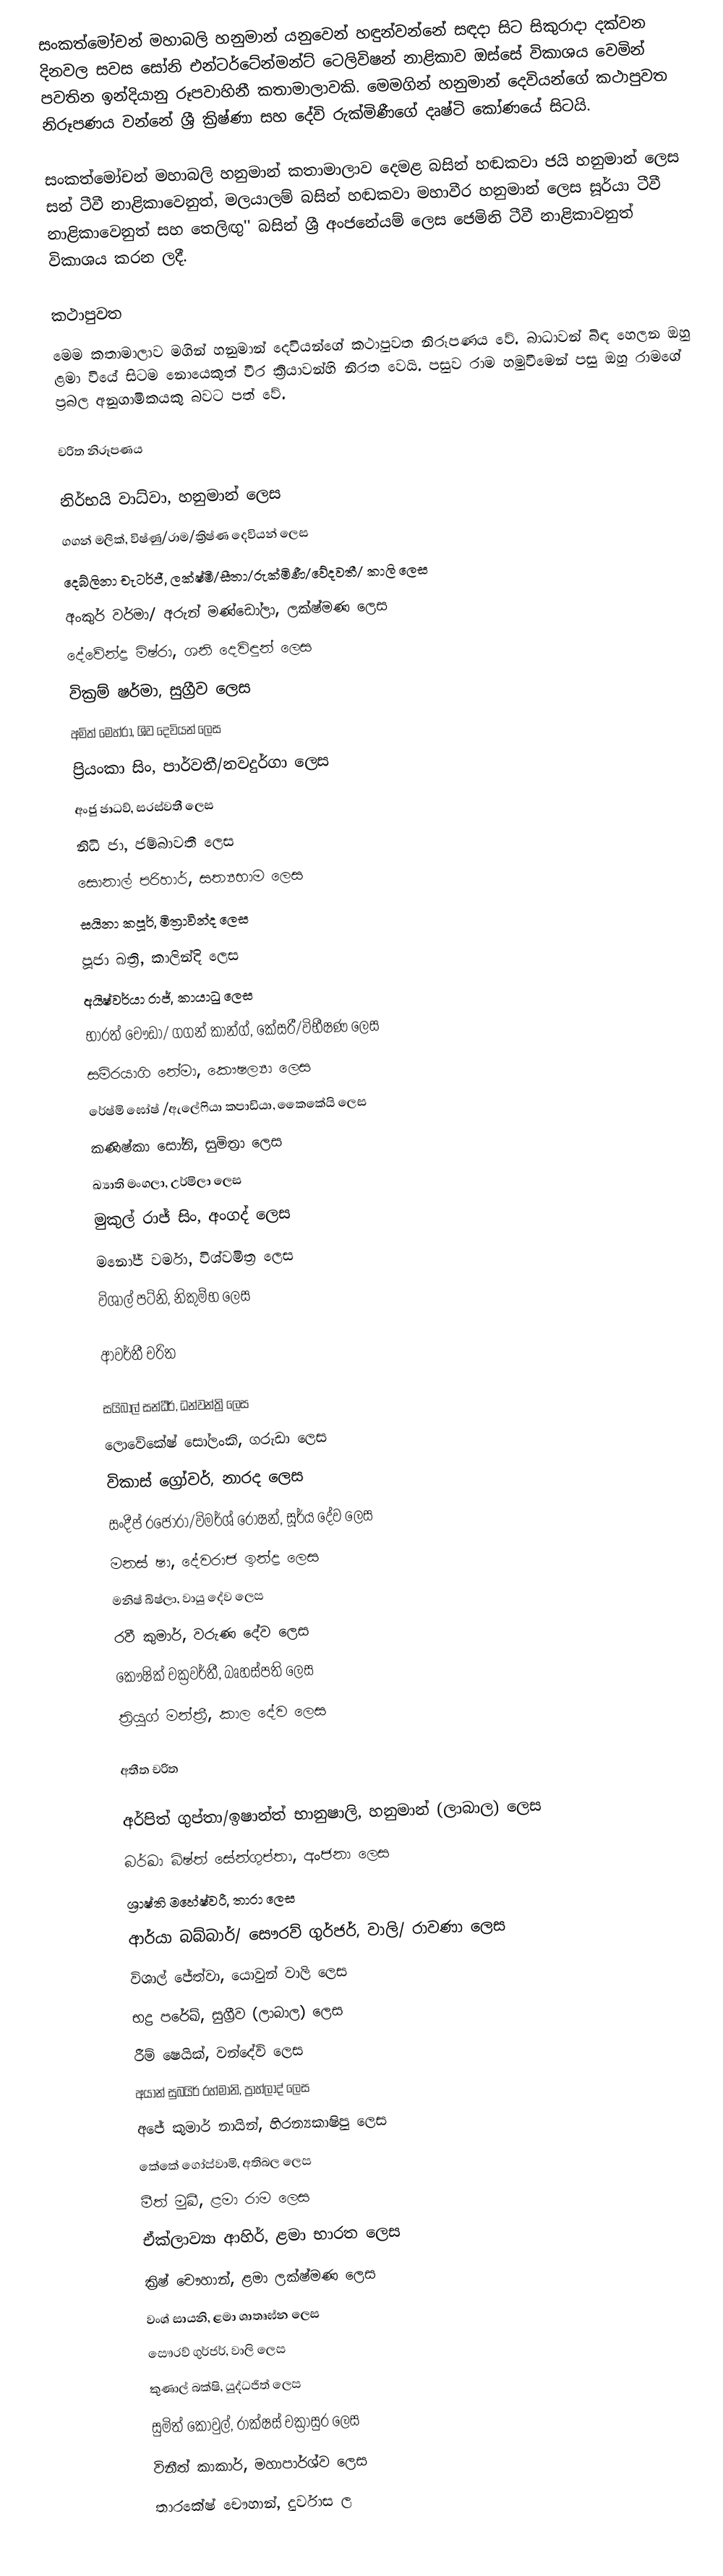
සංකත්මෝචන් මහාබලි හනුමාන් යනුවෙන් හඳුන්වන්නේ සඳදා සිට සිකුරාදා දක්වන දිනවල සවස සෝනි එන්ටර්ටේන්මන්ට් ටෙලිවිෂන් නාළිකාව ඔස්සේ විකාශය වෙමින් පවතින ඉන්දියානු රූපවාහිනී කතාමාලාවකි. මෙමගින් හනුමාන් දෙවියන්ගේ කථාපුවත නිරූපණය වන්නේ ශ්‍රී ක්‍රිෂ්ණා සහ දේවි රුක්මිණීගේ දෘෂ්ටි කෝණයේ සිටයි.

සංකත්මෝචන් මහාබලි හනුමාන් කතාමාලාව දෙමළ බසින් හඬකවා ජයි හනුමාන් ලෙස සන් ටීවී නාළිකාවෙනුත්, මලයාලම් බසින් හඬකවා මහාවීර හනුමාන් ලෙස සූර්යා ටීවී නාළිකාවෙනුත් සහ තෙලිඟු'' බසින් ශ්‍රී අංජනේයම් ලෙස ජෙමිනි ටීවී නාළිකාවනුත් විකාශය කරන ලදී.

කථාපුවත
මෙම කතාමාලාව මගින් හනුමාන් දෙවියන්ගේ කථාපුවත නිරූපණය වේ. බාධාවන් බිඳ හෙලන ඔහු ළමා වියේ සිටම නොයෙකුත් වීර ක්‍රියාවන්හි නිරත වෙයි. පසුව රාම හමුවීමෙන් පසු ඔහු රාමගේ ප්‍රබල අනුගාමිකයකු බවට පත් වේ.

චරිත නිරූපණය

 නිර්භයි වාධ්වා, හනුමාන් ලෙස
 ගගන් මලික්, විෂ්ණු/රාම/ක්‍රිෂ්ණ දෙවියන් ලෙස
 දෙබ්ලිනා චැටර්ජී, ලක්ෂ්මී/සීතා/රුක්මිණී/වේදවතී/ කාලි ලෙස
 අංකුර් වර්මා/ අරුන් මණ්ඩෝලා, ලක්ෂ්මණ ලෙස
 දේවේන්ද්‍ර මිෂ්රා, ශනි දෙවිඳුන් ලෙස
 වික්‍රම් ෂර්මා, සුග්‍රීව ලෙස
 අමිත් මෙහ්රා, ශිව දෙවියන් ලෙස
 ප්‍රියංකා සිං, පාර්වතී/නවදුර්ගා ලෙස
 අංජු ජාධව්, සරස්වතී ලෙස
 නිධි ජා, ජම්බාවතී ලෙස
 සොනාල් පරිහාර්, සත්‍යභාම ලෙස
 සයිනා කපූර්, මිත්‍රාවින්ද ලෙස
 පූජා ඛත්‍රි, කාලින්දි ලෙස
 අයිෂ්වර්යා රාජ්, කායාධු ලෙස
 භාරත් චෞඩා/ ගගන් කාන්ග්, කේසරී/විභීෂණ ලෙස
 සම්රයාගි නේමා, කෞෂල්‍යා ලෙස
 රේෂ්මි ඝෝෂ් /ඇලේෆියා කපාඩියා, කෛකේයි ලෙස
 කණිෂ්කා සෝනි, සුමිත්‍රා ලෙස
 ඛ්‍යාති මංගලා, උර්මිලා ලෙස
 මුකුල් රාජ් සිං, අංගද් ලෙස
 මනෝජ් වර්මා, විශ්වමිත්‍ර ලෙස
 විශාල් පට්නි, නිකුම්භ ලෙස

ආවර්තී චරිත

 සයිබාල් සන්ධීර්, ධන්වන්ත්‍රි ලෙස
 ලොවේකේෂ් සෝලංකි, ගරුඩා ලෙස
 විකාස් ග්‍රෝවර්, නාරද ලෙස
 සංදීප් රජෝරා/විමර්ශ් රෝෂන්, සූර්ය දේව ලෙස
 මනස් ෂා, දේවරාජ ඉන්ද්‍ර ලෙස
 මනිෂ් බිෂ්ලා, වායු දේව ලෙස
 රවී කුමාර්, වරුණ දේව ලෙස
 කෞෂික් චක්‍රවර්තී, බෘහස්පති ලෙස
 ත්‍රියුග් මන්ත්‍රී, කාල දේව ලෙස

අතීත චරිත

 අර්පිත් ගුප්තා/ඉෂාන්ත් භානුෂාලි, හනුමාන් (ලාබාල) ලෙස
 බර්ඛා බිෂ්ත් සේන්ගුප්තා, අංජනා ලෙස
 ශ්‍රාෂ්ති මහේෂ්වරී, තාරා ලෙස
 ආර්යා බබ්බාර්/ සෞරව් ගුර්ජර්, වාලි/ රාවණා ලෙස
 විශාල් ජේත්වා, යොවුන් වාලි ලෙස
 භද්‍ර පරේඛ්, සුග්‍රීව (ලාබාල) ලෙස
 රීම් ෂෙයික්, වන්දේවි ලෙස
 අයාන් සුබයිර් රහ්මානි, ප්‍රාහ්ලාද් ලෙස
 අජේ කුමාර් නායින්, හිරන්‍යකාෂිපු ලෙස
 කේකේ ගෝස්වාමි, අතිබල ලෙස
 මීත් මුඛී, ළමා රාම ලෙස
 ඒක්ලාව්‍යා ආහිර්, ළමා භාරත ලෙස
 ක්‍රිෂ් චෞහාන්, ළමා ලක්ෂ්මණ ලෙස
 වංශ් සායනි, ළමා ශාතෘඝ්න ලෙස
 සෞරව් ගුර්ජර්, වාලි ලෙස
 කුණාල් බක්ෂි, යුද්ධජිත් ලෙස
 සුමිත් කොවුල්, රාක්ෂස් චක්‍රාසුර ලෙස
 විනීත් කාකාර්, මහාපාර්ශ්ව ලෙස
 තාරකේෂ් චෞහාන්, දුර්වාස ල